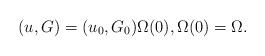
LaTeX: \begin{align*} (u, G)=(u_0,G_0) \Omega(0),\Omega(0)=\Omega.\end{align*}